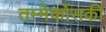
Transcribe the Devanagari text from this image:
तम्मेर्कोसकी